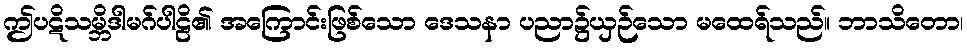
ဤပဋိသမ္ဘိဒါမဂ်ပါဠိ၏ အကြောင်းဖြစ်သော ဒေသနာ ပညာ၌ယှဉ်သော မထေရ်သည်။ ဘာသိတော၊